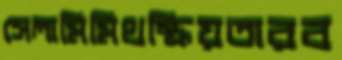
সেলামিমিথস্ক্রিয়তারব